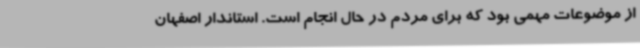
از موضوعات مهمی بود که برای مردم در حال انجام است. استاندار اصفهان